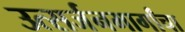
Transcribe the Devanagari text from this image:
उत्सर्जनमार्गांचा